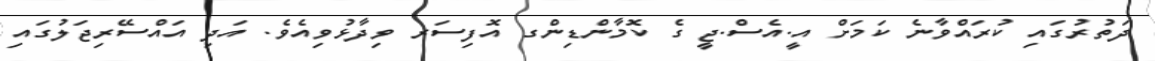
ދަތުރުގައި ކުރައްވާނެ ކަމަށް އީ.އެސް.ޖީ ގެ ކޮމާންޑިންގ އޮފިސަރ ވިދާޅުވިއެވެ. އަދި އައްސޭރިޖަލުގައި